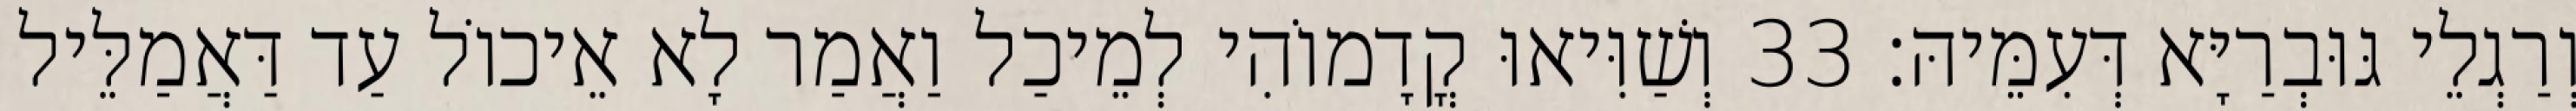
וְרַגְלֵי גּוּבְרַיָּא דְּעִמֵּיהּ׃ 33 וְשַׁוִּיאוּ קֳדָמוֹהִי לְמֵיכַל וַאֲמַר לָא אֵיכוֹל עַד דַּאֲמַלֵּיל